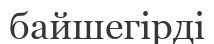
байшегірді